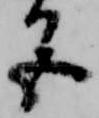
色